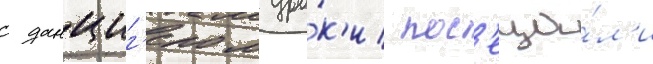
с данциг'ером уро́к'и пос'еща́л'и